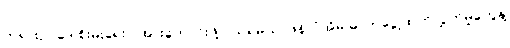
တရားဥပဒေ စိုးမိုးရေး ပိုအားကောင်းဖို့ လုပ်ရမယ်၊ ဖန်လုံအိမ် ဓာတ်ငွေ့ထုတ်လွှတ်မှုတွေနဲ့